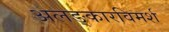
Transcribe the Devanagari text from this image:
अलङ्कारविमर्श